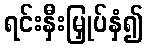
ရင်းနှီးမြှုပ်နှံ၍